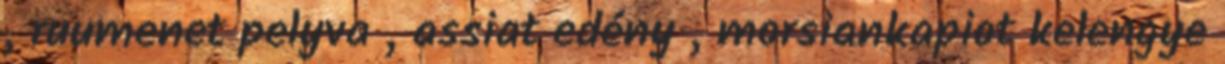
, ruumenet pelyva , assiat edény , morsiankapiot kelengye